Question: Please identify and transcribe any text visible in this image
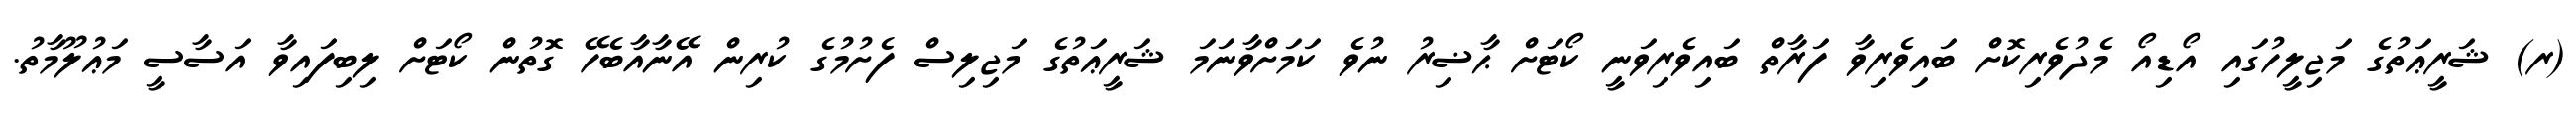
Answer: (ރ) ޝަރީޢަތުގެ މަޖިލީހުގައި އޯޑިއޯ މެދުވެރިކޮށް ބައިވެރިވާ ފަރާތް ބައިވެރިވަނީ ކޯޓަށް ޙާޟިރު ނުވެ ކަމަށްވާނަމަ ޝަރީޢަތުގެ މަޖިލިސް ފެށުމުގެ ކުރިން އޭނާއާބެހޭ ގޮތުން ކޯޓަށް ލިބިފައިވާ އަސާސީ މަޢުލޫމާތު.